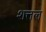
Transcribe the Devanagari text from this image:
शत्तल